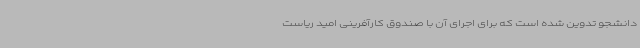
دانشجو تدوین شده است که برای اجرای آن با صندوق کارآفرینی امید ریاست